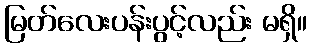
မြတ်လေးပန်းပွင့်လည်း မရှိ။